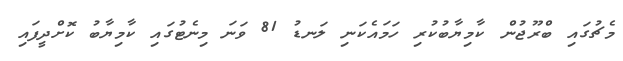
މެޗުގައި ބްރޫޖުން ކާމިޔާބުކުރި ހަމައެކަނި ލަނޑު 81 ވަނަ މިނެޓުގައި ކާމިޔާބު ކޮށްދީފައި